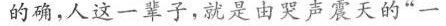
的确，人这一辈子，就是由哭声震天的”一